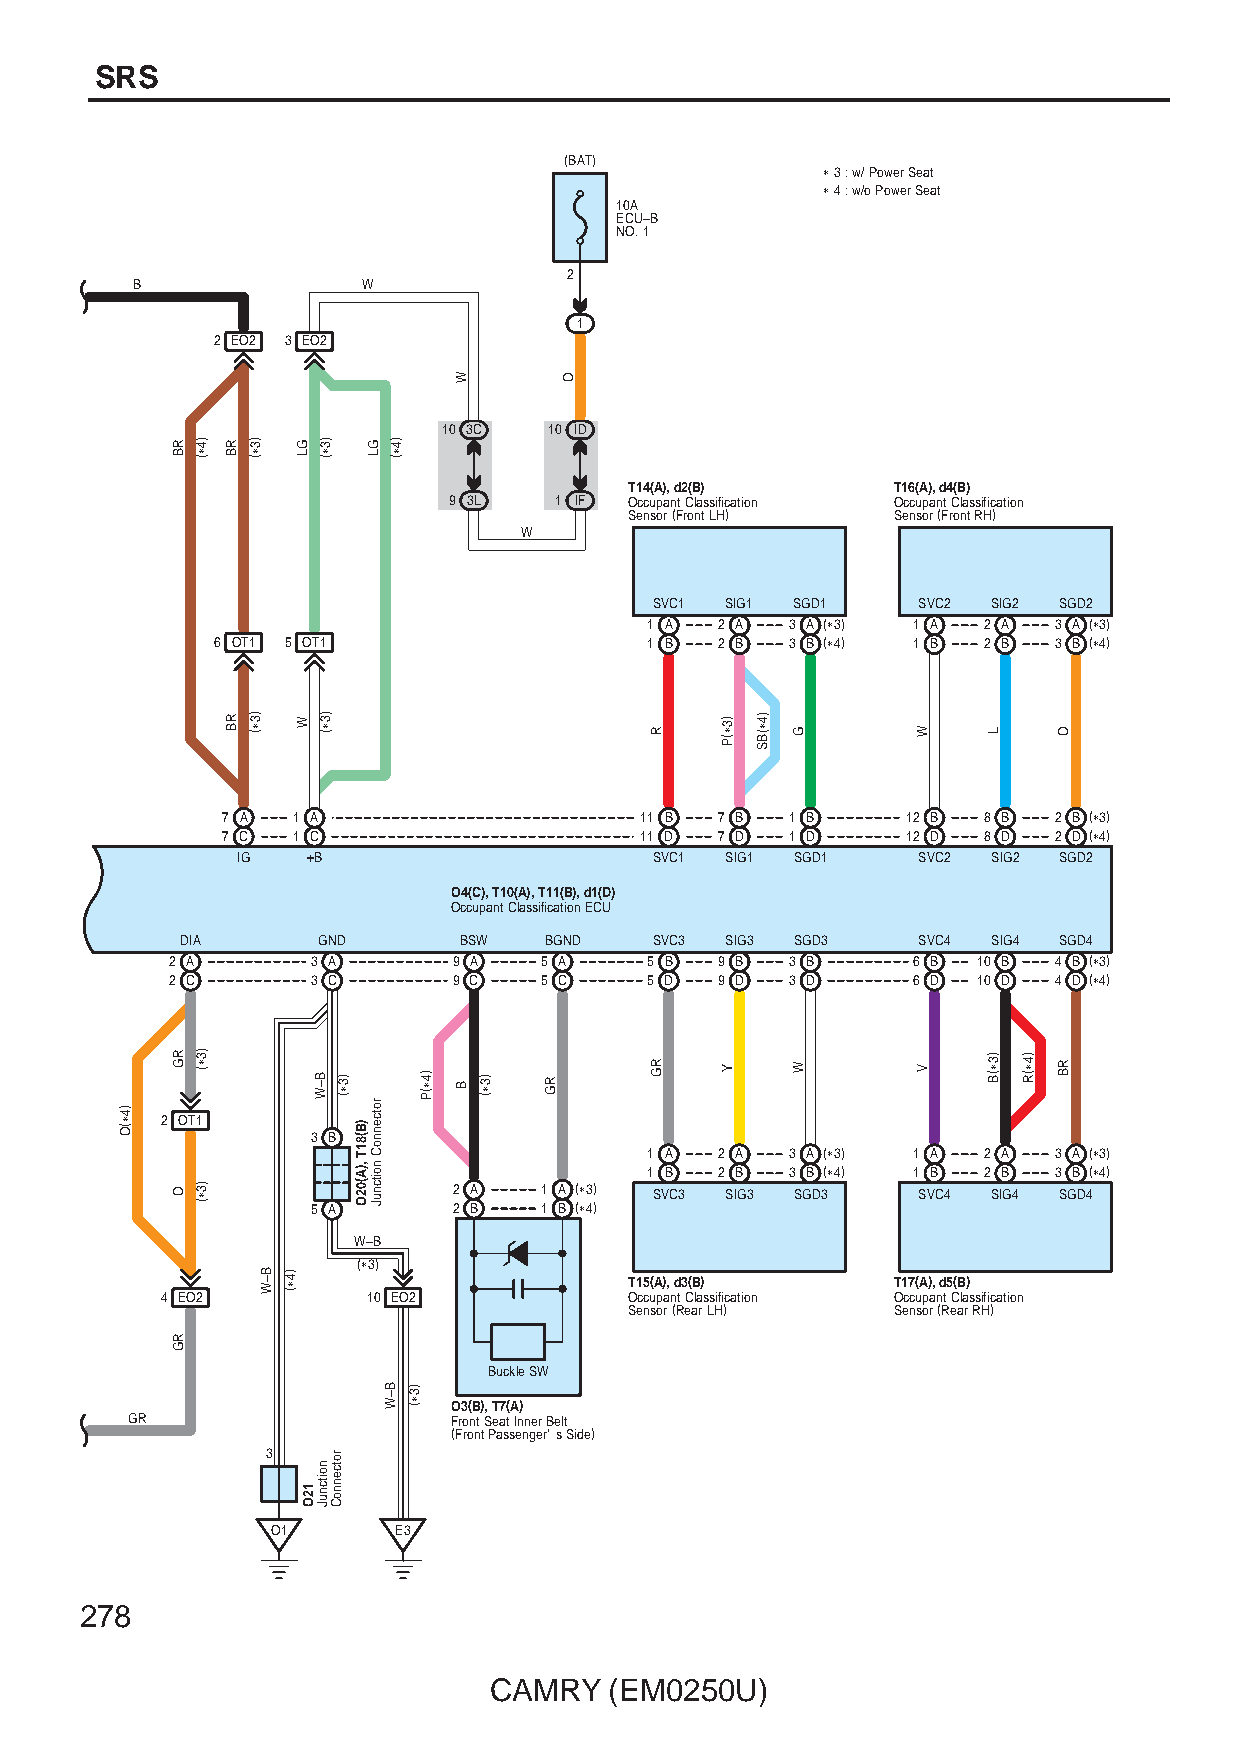
SRS
 (BAT)
 ∗ 3 : w/ Power Seat
 ∗ 4 : w/o Power Seat
 10A
 ECU–B
 NO. 1
 2
 B              W
 1
 2 EO2 3 EO2
 10 3C  10 ID
 T14(A), d2(B)    T16(A), d4(B)
 9 3L   1 IF Occupant Classification Occupant Classification
 Sensor (Front LH) Sensor (Front RH)
 W
 SVC1 SIG1 SGD1    SVC2 SIG2 SGD2
 1 A  2 A 3 A (∗3) 1 A 2 A  3 A (∗3)
 6 OT1 5 OT1                  1 B  2 B 3 B (∗4) 1 B 2 B  3 B (∗4)
 7 A 1 A                    11 B  7 B 1 B     12 B 8 B  2 B (∗3)
 7 C 1 C                    11 D  7 D 1 D     12 D 8 D  2 D (∗4)
 IG  +B                     SVC1 SIG1 SGD1    SVC2 SIG2 SGD2
 O4(C), T10(A), T11(B), d1(D)
 Occupant Classification ECU
 DIA      GND      BSW   BGND   SVC3 SIG3 SGD3    SVC4 SIG4 SGD4
 2 A       3 A      9 A   5 A    5 B  9 B 3 B     6 B  10 B 4 B (∗3)
 2 C       3 C      9 C   5 C    5 D  9 D 3 D     6 D  10 D 4 D (∗4)
 2 OT1
 3 B
 1 A  2 A 3 A (∗3) 1 A 2 A  3 A (∗3)
 1 B  2 B 3 B (∗4) 1 B 2 B  3 B (∗4)
 2 A   1 A (∗3) SVC3 SIG3 SGD3  SVC4 SIG4 SGD4
 5 A      2 B   1 B (∗4)
 W–B
 (∗3)
 T15(A), d3(B)    T17(A), d5(B)
 4 EO2        10 EO2            Occupant Classification Occupant Classification
 Sensor (Rear LH) Sensor (Rear RH)
 Buckle SW
 O3(B), T7(A)
 GR                    Front Seat Inner Belt
 (Front Passenger' s Side)
 3
 O1      E3
 278
 CAMRY   (EM0250U)
 )4∗(O
 RB
 RG
 O
 RG
 )4∗(
 )3∗(
 )3∗(
 RB
 RB
 )3∗(
 )3∗(
 B–W )4∗(
 GL
 W
 12O
 )3∗(
 )3∗(
 B–W
 noitcnuJ
 )3∗(
 rotcennoC
 )B(81T
 ,)A(02O
 GL
 rotcennoC
 noitcnuJ
 )4∗(
 B–W )3∗(
 )4∗(P
 W
 B )3∗( RG
 O
 R
 RG
 )3∗(P
 Y
 )4∗(BS
 G
 W
 W
 V
 L
 )3∗(B )4∗(R
 O
 RB